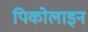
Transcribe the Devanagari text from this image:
पिकोलाइन